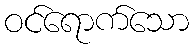
ဝင်ရောက်သော